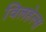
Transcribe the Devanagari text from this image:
विलहेल्स